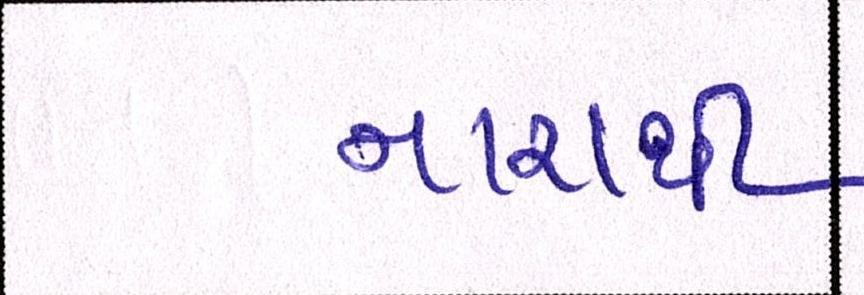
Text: નારાથી